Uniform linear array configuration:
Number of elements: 32
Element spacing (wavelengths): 1
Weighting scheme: blackman
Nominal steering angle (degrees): -60
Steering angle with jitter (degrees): -59.211
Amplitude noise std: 0.05
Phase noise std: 0.05

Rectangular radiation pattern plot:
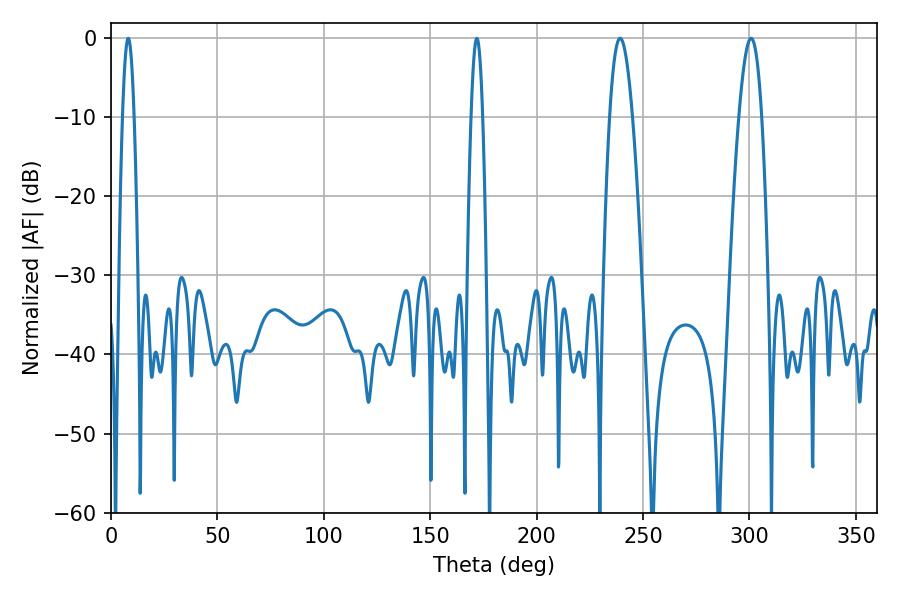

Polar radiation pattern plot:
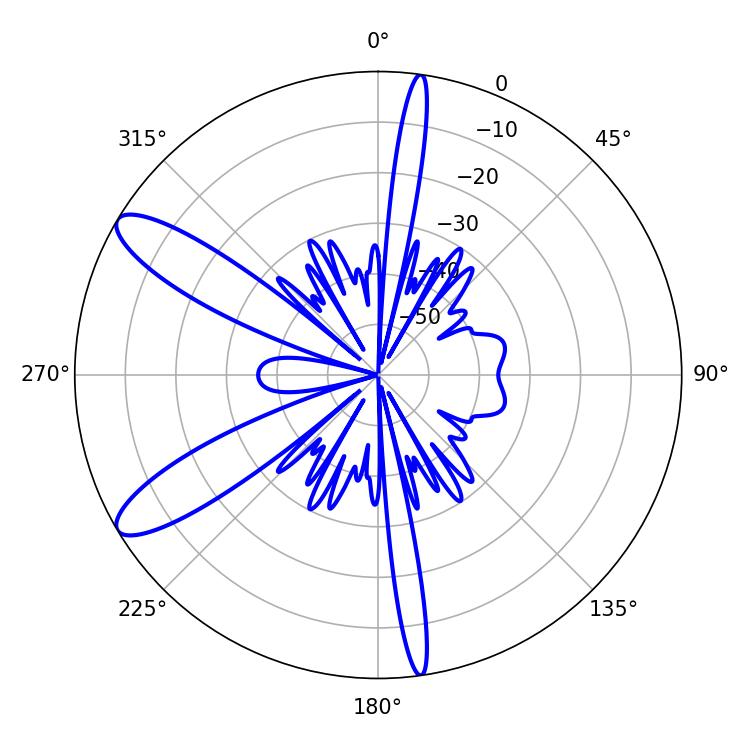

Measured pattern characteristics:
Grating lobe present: TRUE
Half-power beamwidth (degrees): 5.76
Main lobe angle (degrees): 239.22